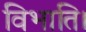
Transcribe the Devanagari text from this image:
विभाति।